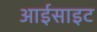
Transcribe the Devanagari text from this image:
आईसाइट